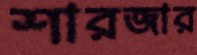
শারজার